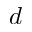
d